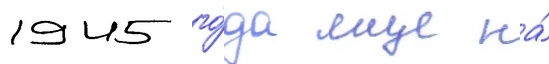
1945 го́да еще на́